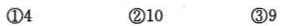
①4 ②10 ③9